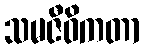
သမဇီဝိကတာ